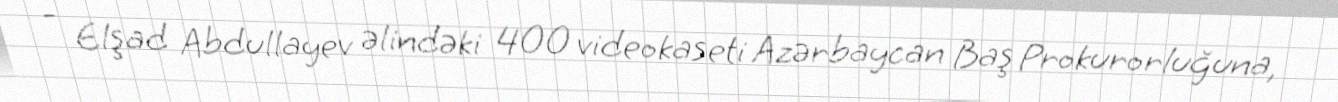
- Elşad Abdullayev əlindəki 400 videokaseti Azərbaycan Baş Prokurorluğuna,